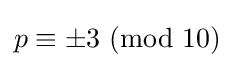
p\equiv \pm 3\ (\mathrm {mod} \ 10)